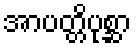
အာပတ္တိပုစ္ဆာ